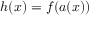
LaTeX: h ( x ) = f ( a ( x ) )